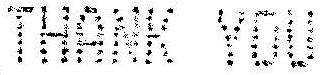
THANK YOU